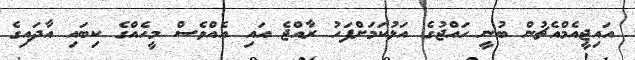
އައިޖީއެމްއެޗުން ބުނީ ހައްޖުގެ އަޅުކަމަށްފަހު ރާއްޖެ އައި އެއްވެސް މީހެއްގެ ކިބައި އާދައިގެ